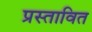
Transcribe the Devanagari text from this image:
प्रस्‍तावित